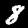
Digit: 8